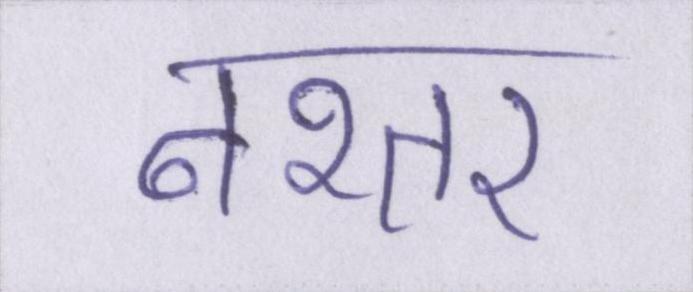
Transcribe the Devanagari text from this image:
नश्तर